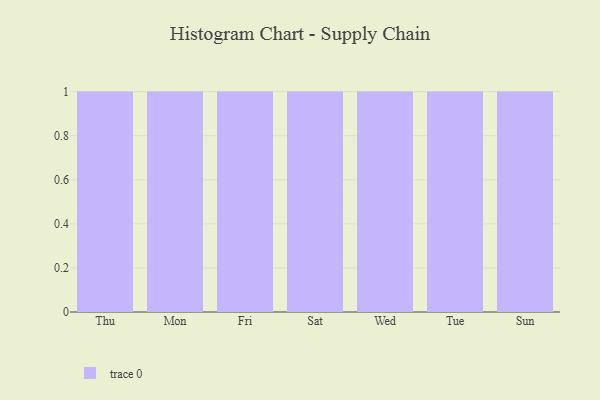
{"axis": {"x": "Day", "y": "Gross Profit (USD K)"}, "legend": [""], "data": [{"x": "Thu", "y": 3, "type": ""}, {"x": "Mon", "y": 25, "type": ""}, {"x": "Fri", "y": 72, "type": ""}, {"x": "Sat", "y": 83, "type": ""}, {"x": "Wed", "y": 32, "type": ""}, {"x": "Tue", "y": 6, "type": ""}, {"x": "Sun", "y": 24, "type": ""}]}